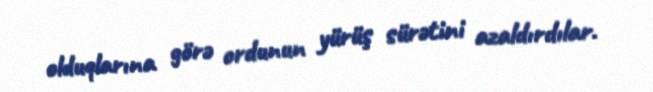
olduqlarına görə ordunun yürüş sürətini azaldırdılar.